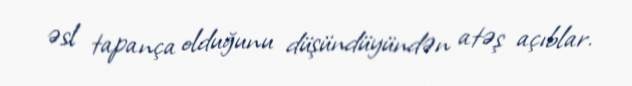
əsl tapança olduğunu düşündüyündən atəş açıblar.